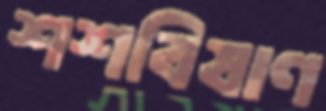
শশবিষাণ